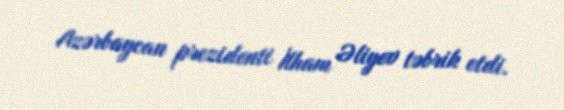
Azərbaycan prezidenti İlham Əliyev təbrik etdi.